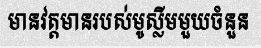
មានវត្តមានរបស់មូស្លីមមួយចំនួន